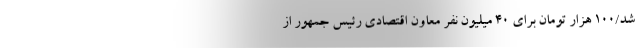
شد/۱۰۰ هزار تومان برای ۴۰ میلیون نفر معاون اقتصادی رئیس جمهور از